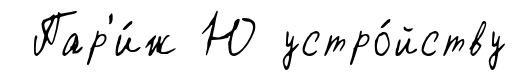
Пар'и́ж Ю устро́йству